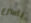
باسرع